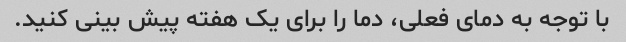
با توجه به دمای فعلی، دما را برای یک هفته پیش بینی کنید.